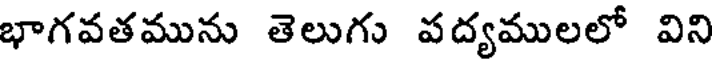
భాగవతమును తెలుగు పద్యములలో విని